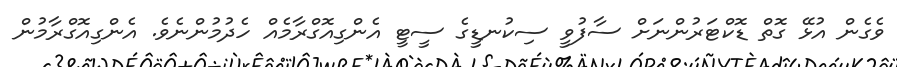
ވެގެން އުޅޭ ގޮތް ޑޮކްޓަރުންނަށް ސާފުވީ ސިކުނޑީގެ ސީޓީ އެންގިއޮގްރާމެއް ހެދުމުންނެވެ. އެންގިއޮގްރާމުން